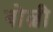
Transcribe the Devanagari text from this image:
बोल्बी